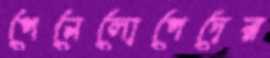
পেনেলোপেদের